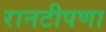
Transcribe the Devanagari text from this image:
रानटीपणा